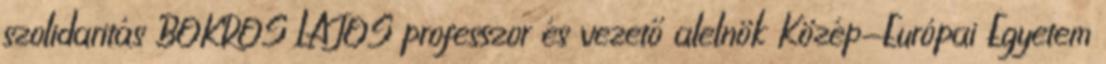
szolidaritás BOKROS LAJOS professzor és vezető alelnök Közép-Európai Egyetem